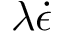
\lambda \dot { \epsilon }